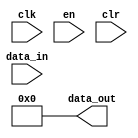
module RegisterZero(data_in, clk, en, clr, data_out);
	input [31:0] data_in;
	input clk, en, clr;
	output [31:0] data_out;
	
	assign data_out = 32'b0;
endmodule